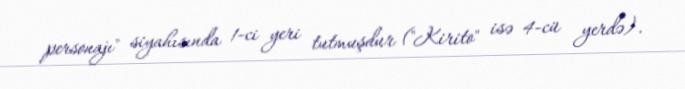
personajı" siyahısında 1-ci yeri tutmuşdur ("Kirito" isə 4-cü yerdə).